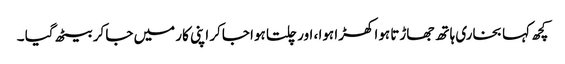
کچھ کہا بخاری ہاتھ جھاڑتا ہوا کھڑا ہوا ، اور چلتا ہوا جاکر اپنی کار میں جا کر بیٹھ گیا ۔